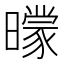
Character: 𣋡